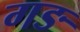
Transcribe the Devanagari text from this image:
गङ